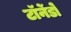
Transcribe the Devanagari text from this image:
टॉर्नेडो